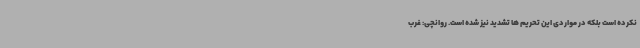
نکرده است بلکه در مواردی این تحریم ها تشدید نیز شده است. روانچی: غرب